NAE_ERA_R-1950_Eesti_Ajakirjanike_Liit, lk 12
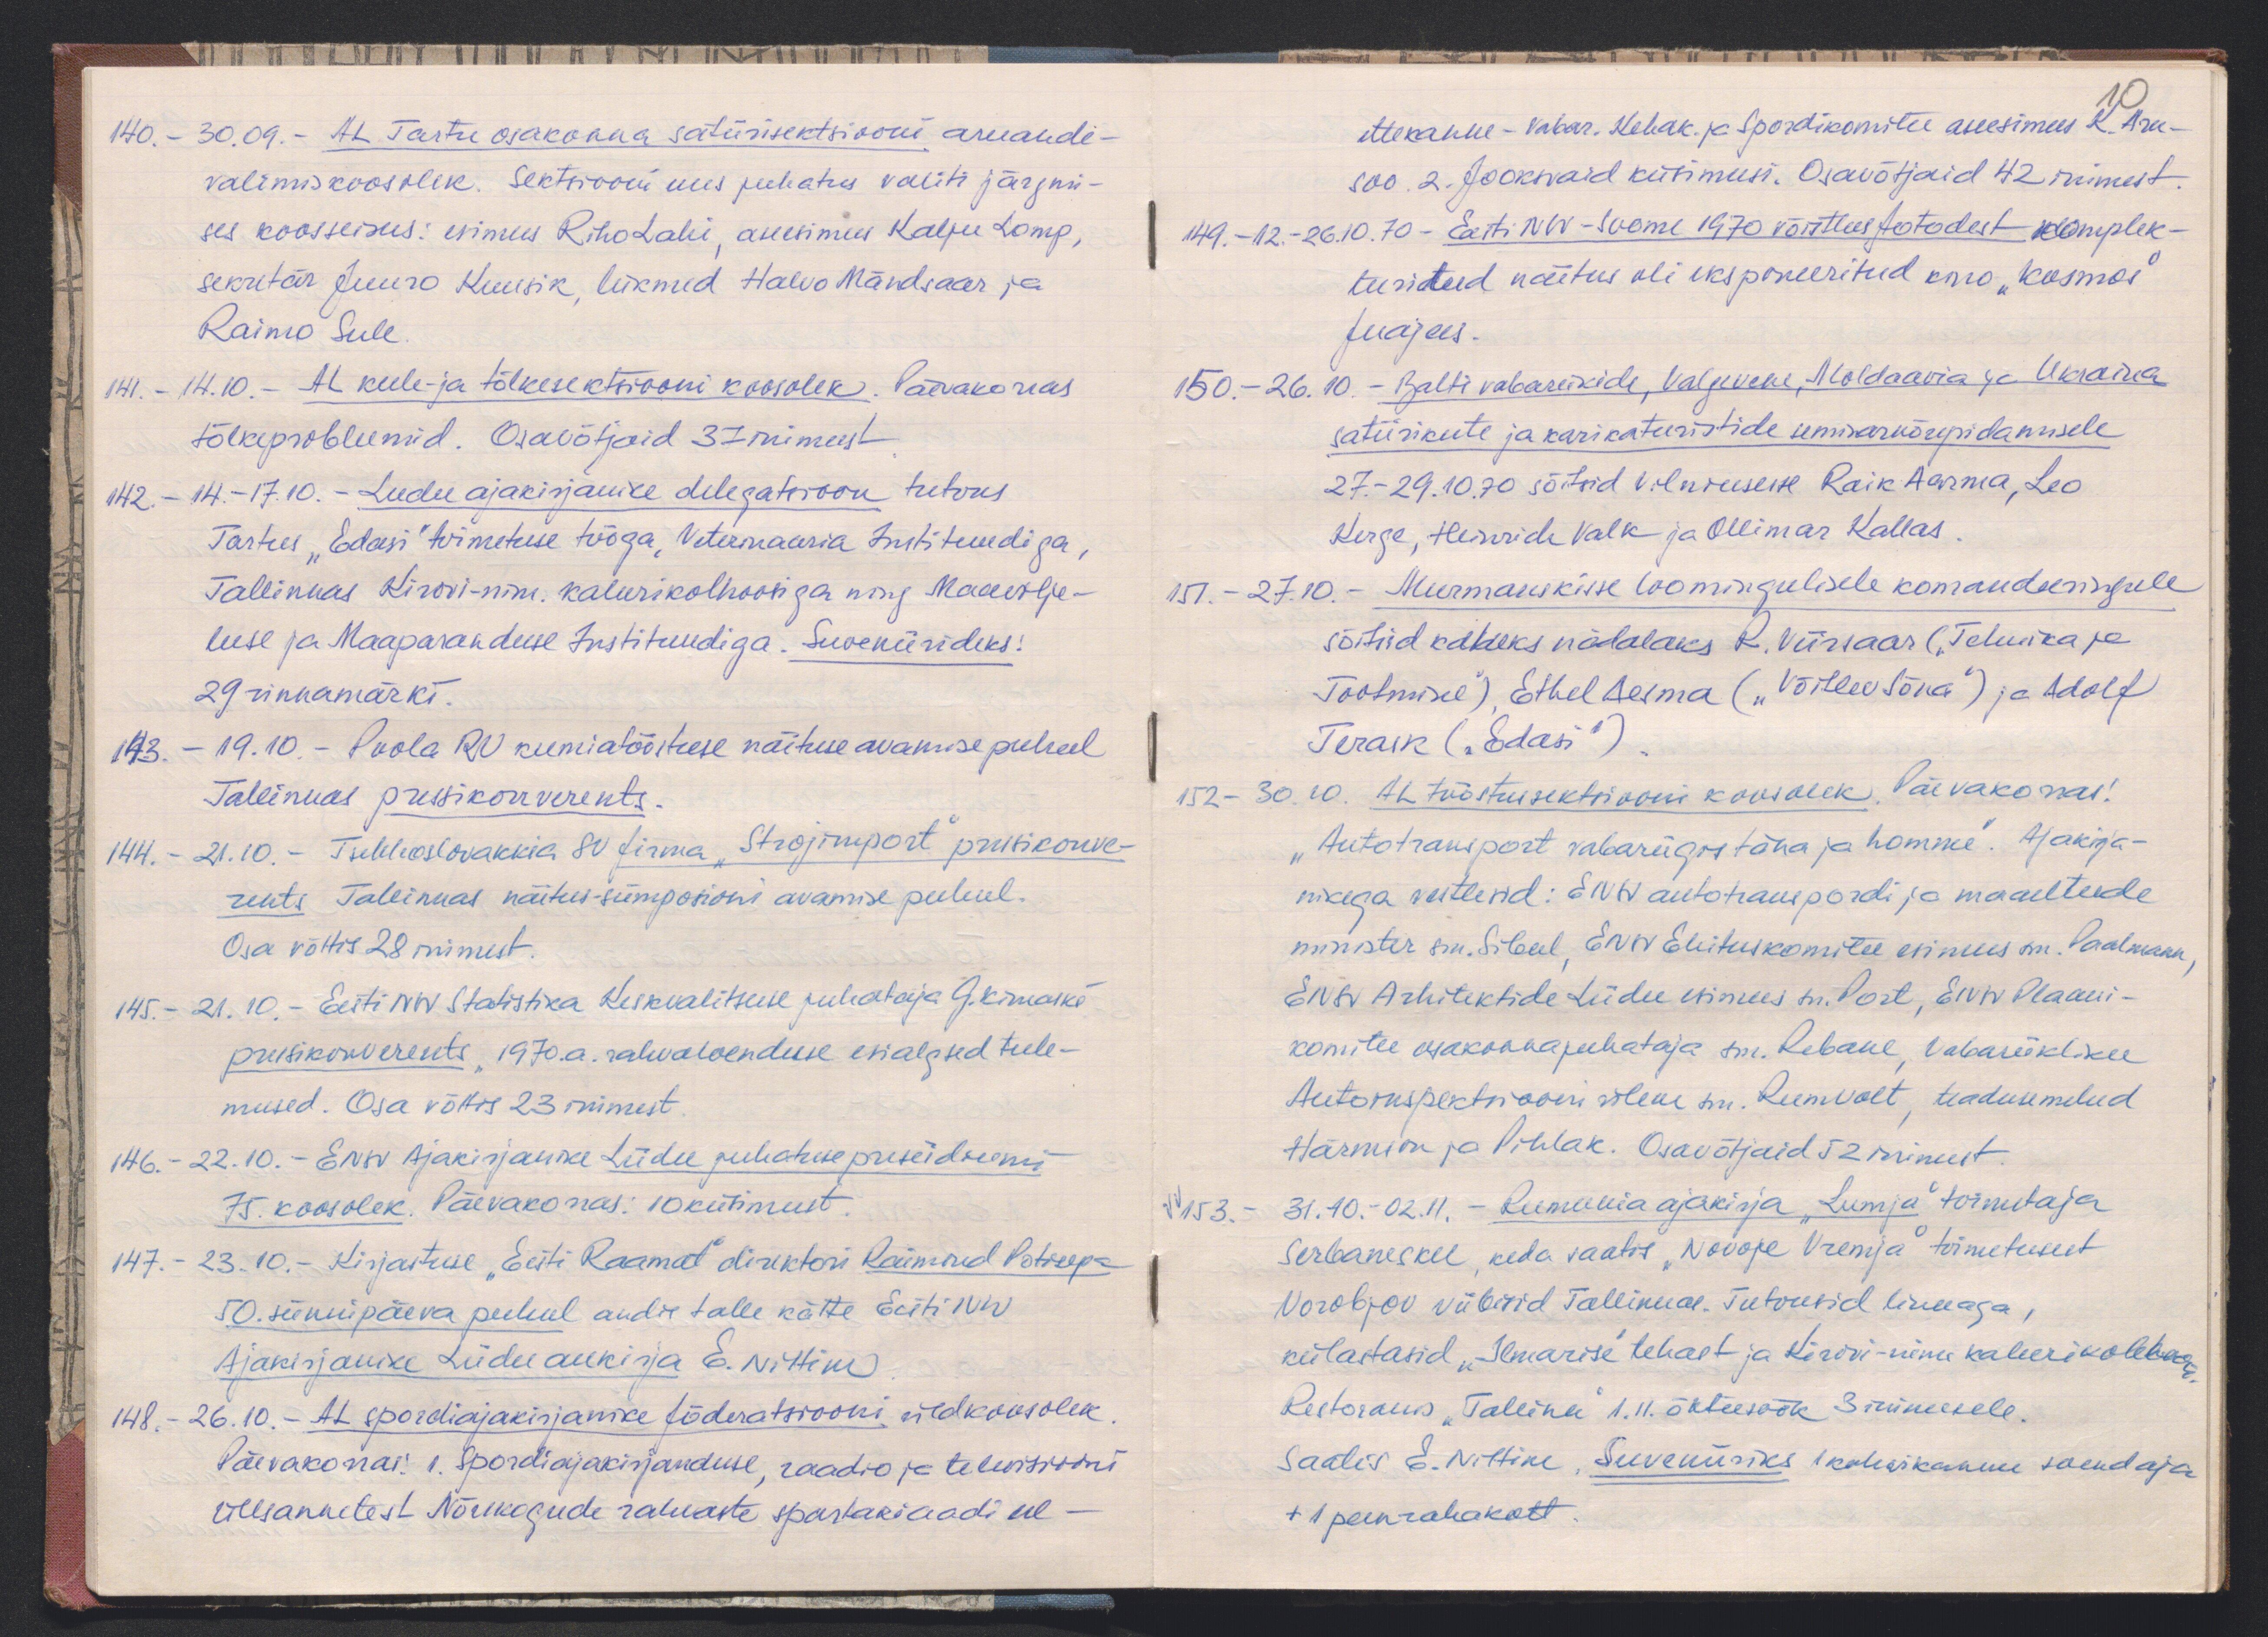
140. - 30.09. - AL Tartu osakonna satiirisektsiooni aruande-
valimiskoosolek. Sektsiooni uus juhatus valiti järgmi-
ses koosseisus: esimees Riho Lahi, aseesimees Kalju Lomp,
sekretär Juuro Kuusik, liikmed Halvo Mändsaar ja
Raimo Sule
141. - 14.10. - AL keele ja tõlkesektsiooni koosolek. Päevakorras
tõlkeprobleemid. Osavõtjaid 37 inimest
142. - 14.-17.10. - Leedu ajakirjanike delegatsioon tutvus
Tartus "Edasi" toimetuse tööga, Veterinaaria Instituudiga,
Tallinnas Kirovi-nim. kalurikolhoosiga ning Maavilje-
luse ja Maaparanduse Instituudiga. Suveniirideks:
29 rinnamärki.
143. - 19.10. - Poola RV keemiatööstuse näituse avamise puhul
Tallinnas pressikonverents.
144. - 21.10. - Tsehhoslovakkia 80 firma "Strojimport" pressikonve-
rents Tallinnas näitus-sümpoosioni avamise puhul.
Osa võttis 28 inimest.
145. - 21.10. - Eesti NSV Statistika Keskvalitsuse juhataja G. Kimaske
pressikonverents "1970. a. rahvaloenduse esialgsed tule-
mused. Osa võttis 23 inimest.
146. - 22.10. - ENSV Ajakirjanike Liidu juhatuse presiidiumi
75. koosolek. Päevakorras: 10 küsimust.
147. - 23.10. - Kirjastuse "Eesti Raamat" direktori Raimod Potisepa
50. sünnipäeva puhud andis talle kätte Eesti NSV
Ajakirjanike Liidu aukirja E. Nittim
148. - 26.10. - AL spordiajakirjanike föderatsiooni üldkoosolek
Päevakorras: 1. Spordiajakirjanduse, raadio ja televisiooni
ülesannetest Nõukogude rahvaste spartakaadi eel -

ettekanne - vabar. Kehak. ja Spordikomitee aseesimees K. Aru-
10
soo. 2. Jooksvaid küsimusi. Osavõtjaid 42 inimest.
149. - 12.-26.10.70 - Eesti NSV-Soome 1970 võistlus fotodest komplek-
teeritud näitus oli eksponeeritud kino "Kosmos"
fuajees.
150. - 26.10. - Balti vabariikide, Valgevene, Moldaavia ja Ukraina
satiirikute ja karikaturistide seminarnõupidamisele
27.-29.10.70 sõitsid Vilniusesse Raik Aarma, Leo
Kerge, Heinrich Valk ja Ollimar Kallas.
151. - 27.10. - Murmanskisse loomingulisele komandeeringule
sõitsid kaheks nädalaks R. Viirsaar ("Tehnika ja
Tootmine"), Ethel Aesma ("Võitlev Sõna") ja Adolf
Terak ("Edasi")
152 - 30.10. AL tööstussektsiooni koosolek. Päevakorras:
"Autotransport vabariigis täna ja homme". Ajakirja-
nikega vestlesid: ENSV autotranspordi ja maanteede
minister sm. Sibul, ENSV Ehituskomitee esimees sm. Paalmann
ENSV Arhitektide Liidu esimees hr. Port, ENSV Plaani-
komitee osakonnajuhataja sm. Rebane, Vabariikliku
Autoinspektsiooni ülem sm. Rumvolt, teadusemehed
Härmson ja Pihlak. Osavõtjaid 52 inimest.
VV 153. - 31.10.-02.11. - Rumeenia ajakirja "Lumja" toimetaja
Serbanesku, keda saatis "Novoje Vremja" toimetusest
Norobjov viibisid Tallinnas. Tutvuvid linnaga,
külastasid "Ilmarise" tehast ja Kirovi-nim. kalurikolhoosi
Restoranis "Tallinn" 1.11. õhtusöök 3 inimesele.
Saatis E. Nittim, Suveniiriks kohvikannu soendaja
+ 1 peenrahakott.